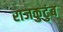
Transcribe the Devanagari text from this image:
राजकुटुंब